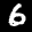
Label: 6